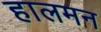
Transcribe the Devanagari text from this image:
हालमन